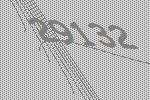
29132